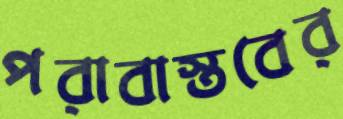
পরাবাস্তবের